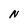
Character: N